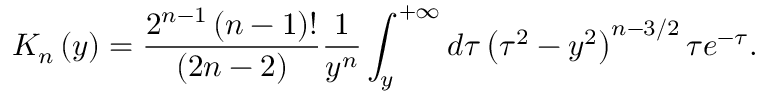
K _ { n } \left( y \right) = \frac { 2 ^ { n - 1 } \left( n - 1 \right) ! } { \left( 2 n - 2 \right) } \frac { 1 } { y ^ { n } } \int _ { y } ^ { + \infty } d \tau \left( \tau ^ { 2 } - y ^ { 2 } \right) ^ { n - 3 / 2 } \tau e ^ { - \tau } .